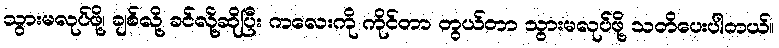
သွားမလုပ်ဖို့၊ ချစ်လို့ ခင်လို့ဆိုပြီး ကလေးကို ကိုင်တာ တွယ်တာ သွားမလုပ်ဖို့ သတိပေးပါတယ်။